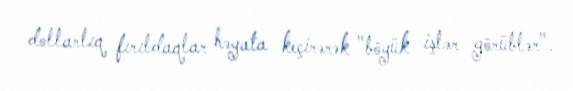
dollarlıq fırıldaqlar həyata keçirərək "böyük işlər görüblər".